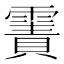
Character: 𩄾